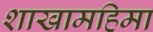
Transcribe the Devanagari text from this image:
शाखामहिमा